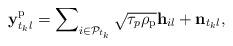
LaTeX: \begin{align*} {\bf y}_{{t_k}l}^{\rm{p}} = \sum\nolimits_{i \in {{\cal P}_{t_k}}} {\sqrt {{\tau _p}{\rho _{\rm{p}}}} {{\bf{h}}_{il}}} + {{\bf{n}}_{{t_k}l}},\end{align*}